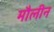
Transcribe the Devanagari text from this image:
मौलीन